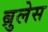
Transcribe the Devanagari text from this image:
ब्रुलेस